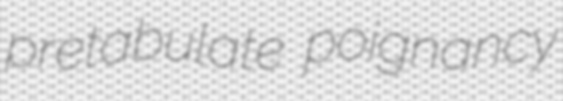
pretabulate poignancy